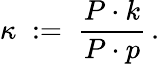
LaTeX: \kappa\; :=\; \frac{P\cdot k}{P\cdot p}\, .